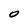
Character: O